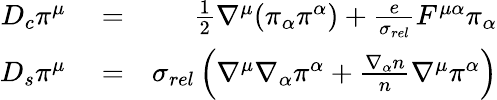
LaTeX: \begin{array}{rlr}{D_{c}\pi^{\mu}}&{{}=}&{\frac{1}{2}\nabla^{\mu}(\pi_{\alpha}\pi^{\alpha})+\frac{e}{\sigma_{rel}}F^{\mu\alpha}\pi_{\alpha}}\\ {D_{s}\pi^{\mu}}&{{}=}&{\sigma_{rel}\left(\nabla^{\mu}\nabla_{\alpha}\pi^{\alpha}+\frac{\nabla_{\alpha}n}{n}\nabla^{\mu}\pi^{\alpha}\right)}\end{array}